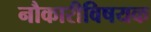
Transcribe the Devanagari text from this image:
नौकारीविषयक